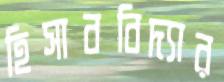
হিসাববিদ্যার